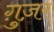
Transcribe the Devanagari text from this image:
ग़ुज़र